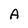
Character: A